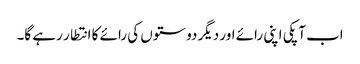
اب آپکی اپنی رائے اور دیگر دوستوں کی رائے کا انتطار رہے گا۔